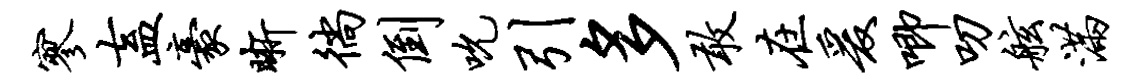
寥盍豪晰徜倒吮引多敢在爰唧叨舷满